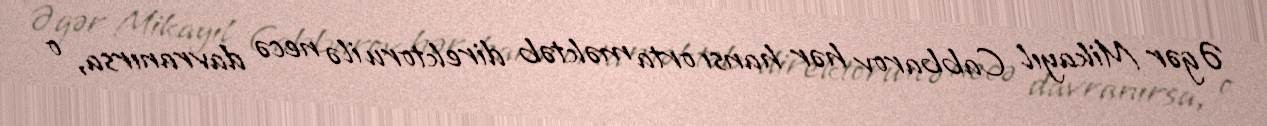
Əgər Mikayıl Cabbarov hər hansı orta məktəb direktoru ilə necə davranırsa, o